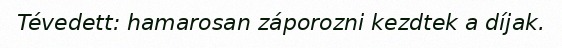
Tévedett: hamarosan záporozni kezdtek a díjak.